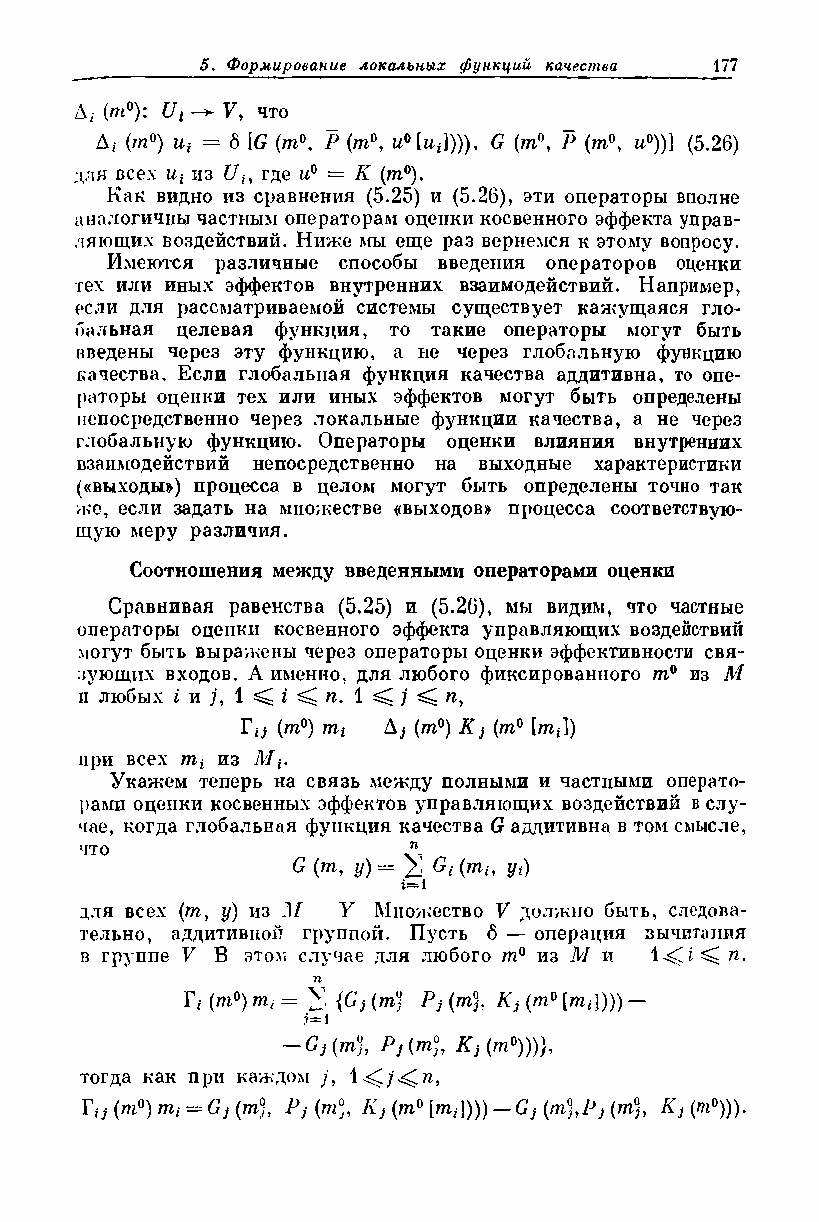
Д* (то0): Ui 7, что
 Ai (то0) ut = 6 [G (то0, Р (то0, и°[ц*]))), G (то0, 7> (то0, гг0))] (5.26)
 для всех ut из £/*, где и0 = К (то0).
 Как видно из сравнения (5.25) и (5.26), эти операторы вполне
 аналогичны частным операторам оценки косвенного эффекта управ­
 ляющих воздействий. Ниже мы еще раз вернемся к этому вопросу.
 Имеются различные способы введения операторов оценки
 тех или иных эффектов внутренних взаимодействий. Например,
 если для рассматриваемой системы существует кажущаяся гло­
 бальная целевая функция, то такие операторы могут быть
 введены через эту функцию, а не через глобальную функцию
 качества. Если глобальная функция качества аддитивна, то опе­
 раторы оценки тех или иных эффектов могут быть определены
 непосредственно через локальные функции качества, а не через
 глобальную функцию. Операторы оценки влияния внутренних
 взаимодействий непосредственно на выходные характеристики
 («выходы») процесса в целом могут быть определены точно так
 же, если задать на множестве «выходов» процесса соответствую­
 щую меру различия.
 Соотношения между введенными операторами оценки
 Сравнивая равенства (5.25) и (5.26), мы видим, что частные
 операторы оценки косвенного эффекта управляющих воздействий
 могут быть выражены через операторы оценки эффективности свя­
 зующих входов. А именно, для любого фиксированного то0 из М
 и любых i и /, 1 ^ i ^ тг. 1 ^ ^ тг,
 Г*; (то0) то* Aj (то0) Кj (то0 [то*])
 при всех то* из М*.
 Укажем теперь на связь между полными и частными операто­
 рами оценки косвенных эффектов управляющих воздействий в слу­
 чае, когда глобальная функция качества G аддитивна в том смысле,
 что                   ,Л
 G (то, у) = 2] Gi yt)
 г—1
 для всех (то, у) из М Y Множество V должно быть, следова­
 тельно, аддитивной группой. Пусть 6 — операция зычитания
 в группе V В этом случае для любого то0 из М и 1 ^ п%
 п
 Гг- (ТО0) ТОг = X {Gj (т) Р] (То), К; (ТО0 [Тог]))) —
 .1=1
 —     Р) [т°, Kj(m0)))},
 тогда как при каждом /,
 Ти (то0) mi = Gj{m), Pj(m°, Kj (то0 [то,]))) — (m),Pj (m), Kj(m0))).